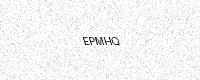
Text: EPMHQ